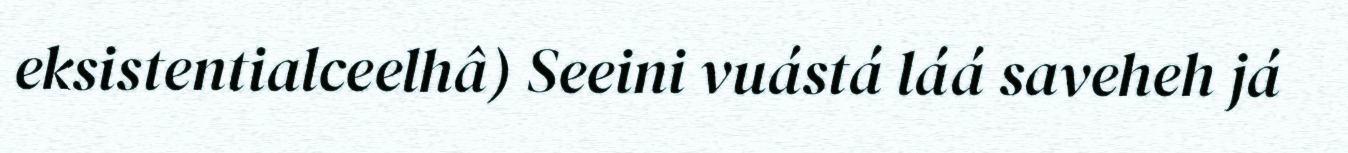
eksistentialceelhâ) Seeini vuástá láá saveheh já